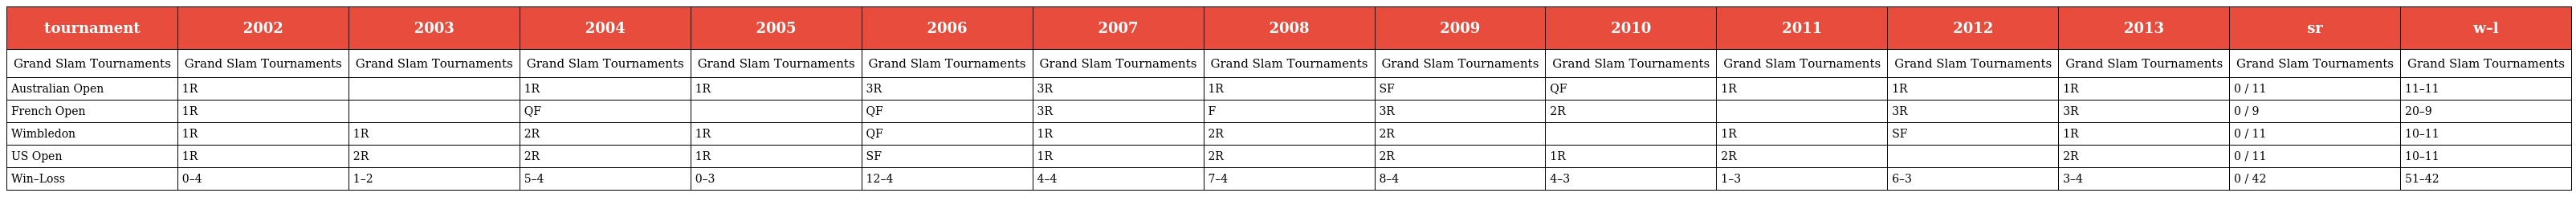
| tournament | 2002 | 2003 | 2004 | 2005 | 2006 | 2007 | 2008 | 2009 | 2010 | 2011 | 2012 | 2013 | sr | w–l |
 | --- | --- | --- | --- | --- | --- | --- | --- | --- | --- | --- | --- | --- | --- | --- |
 | Grand Slam Tournaments | Grand Slam Tournaments | Grand Slam Tournaments | Grand Slam Tournaments | Grand Slam Tournaments | Grand Slam Tournaments | Grand Slam Tournaments | Grand Slam Tournaments | Grand Slam Tournaments | Grand Slam Tournaments | Grand Slam Tournaments | Grand Slam Tournaments | Grand Slam Tournaments | Grand Slam Tournaments | Grand Slam Tournaments |
 | Australian Open | 1R |  | 1R | 1R | 3R | 3R | 1R | SF | QF | 1R | 1R | 1R | 0 / 11 | 11–11 |
 | French Open | 1R |  | QF |  | QF | 3R | F | 3R | 2R |  | 3R | 3R | 0 / 9 | 20–9 |
 | Wimbledon | 1R | 1R | 2R | 1R | QF | 1R | 2R | 2R |  | 1R | SF | 1R | 0 / 11 | 10–11 |
 | US Open | 1R | 2R | 2R | 1R | SF | 1R | 2R | 2R | 1R | 2R |  | 2R | 0 / 11 | 10–11 |
 | Win–Loss | 0–4 | 1–2 | 5–4 | 0–3 | 12–4 | 4–4 | 7–4 | 8–4 | 4–3 | 1–3 | 6–3 | 3–4 | 0 / 42 | 51–42 |